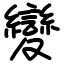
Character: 變